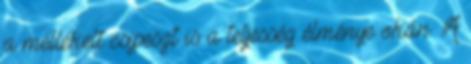
a mellékelt csipeszt is a teljesség élménye okán. A